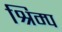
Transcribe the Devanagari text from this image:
श्रिम्‍प